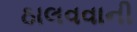
ઠાલવવાની